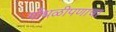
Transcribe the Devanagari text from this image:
गोंधळीपणाचा